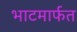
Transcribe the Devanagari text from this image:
भाटमार्फत